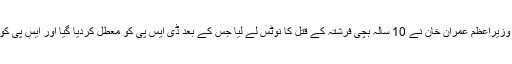
تفصیلات کے مطابق وزیراعظم عمران خان نے 10 سالہ بچی فرشتہ کے قتل کا نوٹس لے لیا جس کے بعد ڈی ایس پی کو معطل کردیا گیا اور ایس پی کو او ایس ڈی بنادیا گیا۔